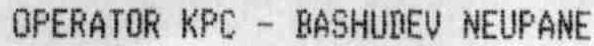
OPERATOR KPC - BASHUDEV NEUPANE